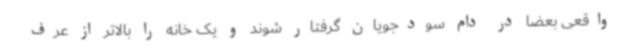
واقعی بعضا در دام سودجویان گرفتار شوند و یک خانه را بالاتر از عرف